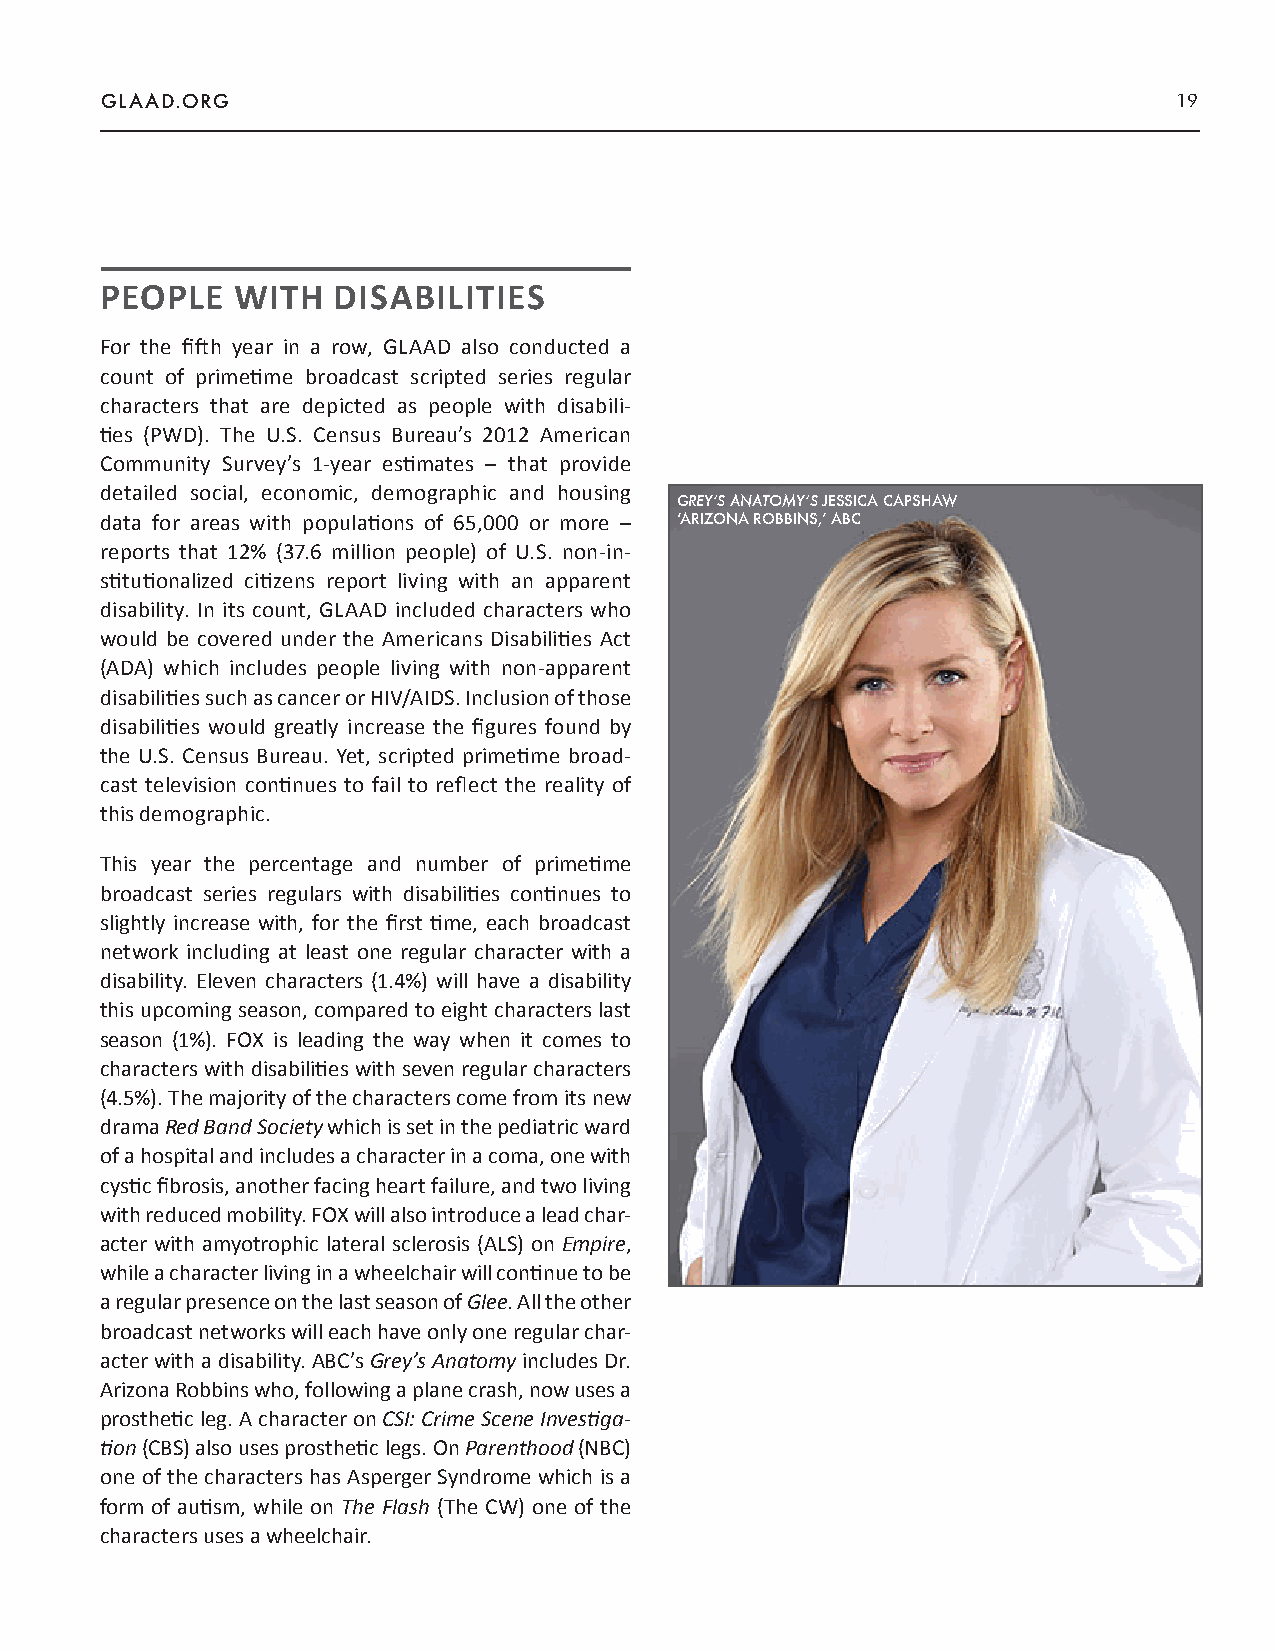
GLAAD.ORG                                                              19
 PEOPLE  WITH   DISABILITIES
 For the fifth year in a row, GLAAD also conducted a
 count of primetime broadcast scripted series regular
 characters that are depicted as people with disabili-
 ties (PWD). The U.S. Census Bureau’s 2012 American
 Community Survey’s 1-year estimates – that provide
 detailed social, economic, demographic and housing
 GREY’S ANATOMY’S JESSICA CAPSHAW
 data for areas with populations of 65,000 or more – ‘ARIZONA ROBBINS,’ ABC
 reports that 12% (37.6 million people) of U.S. non-in-
 stitutionalized citizens report living with an apparent
 disability. In its count, GLAAD included characters who
 would be covered under the Americans Disabilities Act
 (ADA) which includes people living with non-apparent
 disabilities such as cancer or HIV/AIDS. Inclusion of those
 disabilities would greatly increase the figures found by
 the U.S. Census Bureau. Yet, scripted primetime broad-
 cast television continues to fail to reflect the reality of
 this demographic.
 This year the percentage and number of primetime
 broadcast series regulars with disabilities continues to
 slightly increase with, for the first time, each broadcast
 network including at least one regular character with a
 disability. Eleven characters (1.4%) will have a disability
 this upcoming season, compared to eight characters last
 season (1%). FOX is leading the way when it comes to
 characters with disabilities with seven regular characters
 (4.5%). The majority of the characters come from its new
 drama Red Band Society which is set in the pediatric ward
 of a hospital and includes a character in a coma, one with
 cystic fibrosis, another facing heart failure, and two living
 with reduced mobility. FOX will also introduce a lead char-
 acter with amyotrophic lateral sclerosis (ALS) on Empire,
 while a character living in a wheelchair will continue to be
 a regular presence on the last season of Glee. All the other
 broadcast networks will each have only one regular char-
 acter with a disability. ABC’s Grey’s Anatomy includes Dr.
 Arizona Robbins who, following a plane crash, now uses a
 prosthetic leg. A character on CSI: Crime Scene Investiga-
 tion (CBS) also uses prosthetic legs. On Parenthood (NBC)
 one of the characters has Asperger Syndrome which is a
 form of autism, while on The Flash (The CW) one of the
 characters uses a wheelchair.